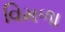
વિમળા